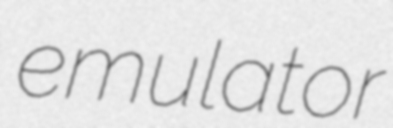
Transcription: emulator